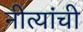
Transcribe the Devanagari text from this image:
नीत्यांची